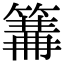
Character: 𥲙